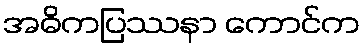
အဓိကပြဿနာ ကောင်က